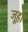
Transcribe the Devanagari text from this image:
जूहा